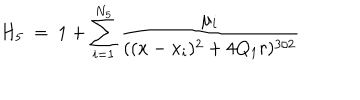
LaTeX: H _ { 5 } \ = \ 1 + \sum _ { i = 1 } ^ { N _ { 5 } } \frac { \mu _ { i } } { ( ( x - x _ { i } ) ^ { 2 } + 4 Q _ { 1 } r ) ^ { 3 / 2 } }